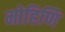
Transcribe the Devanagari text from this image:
मोहिणि